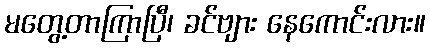
မတွေ့တာကြာပြီ၊ ခင်ဗျား နေကောင်းလား။